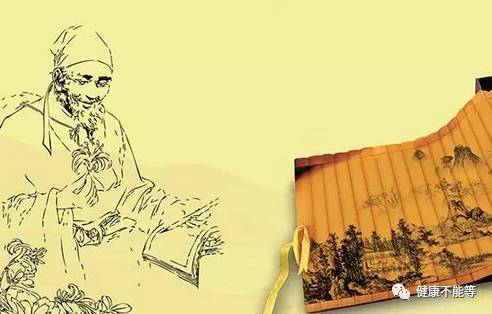
无约而请和者，谋也。